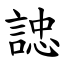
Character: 䛱